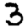
Digit: 3